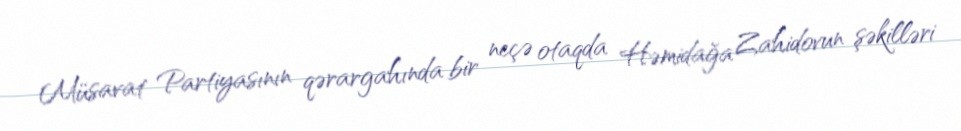
Müsavat Partiyasının qərargahında bir neçə otaqda Həmidağa Zahidovun şəkilləri